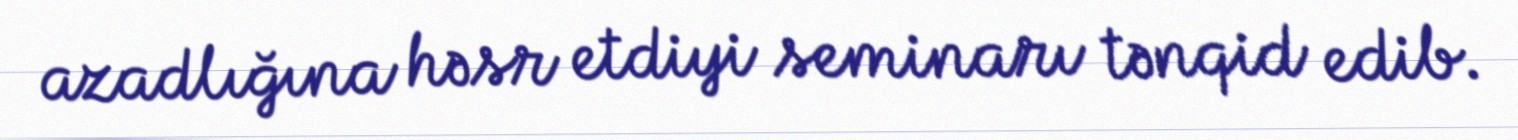
azadlığına həsr etdiyi seminarı tənqid edib.